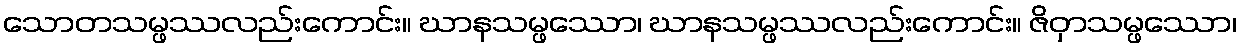
သောတသမ္ဖဿလည်းကောင်း။ ဃာနသမ္ဖဿော၊ ဃာနသမ္ဖဿလည်းကောင်း။ ဇိဝှာသမ္ဖဿော၊